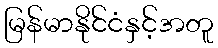
မြန်မာနိုင်ငံနှင့်အတူ